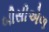
બીસીએળ